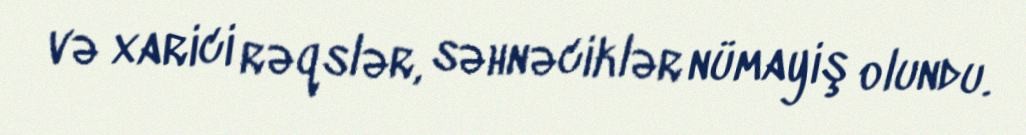
və xarici rəqslər, səhnəciklər nümayiş olundu.